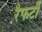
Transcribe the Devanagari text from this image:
रैफर्टी